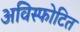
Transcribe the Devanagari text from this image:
अविस्फोटित